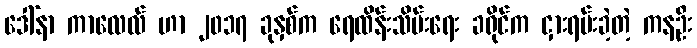
ဒေါ်နာ ကာလေလ် ဟာ ၂၀၁၇ ခုနှစ်က ရေထိန်းသိမ်းရေး ခရိုင်က ငှားရမ်းခဲ့တဲ့ ကနဦး